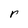
Character: r